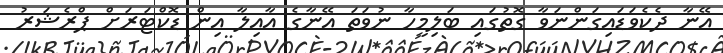
އޭނާ ދެކެވަޑައިގަންނަވާ ގޮތުގައި ބަލިމީހާ ނުވަތަ އޭނާގެ އާއިލާ އިން ޑޮކްޓަރަށް ޕްރެޝަރު